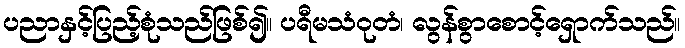
ပညာနှင့်ပြည့်စုံသည်ဖြစ်၍။ ပရီမသံဝုတံ၊ လွန်စွာစောင့်ရှောက်သည်။